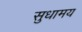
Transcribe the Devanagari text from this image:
सुधामय